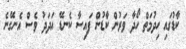
ކާޑުގައި ހިދުމަތް ހޯދާ ވަރުން ކާޑުން ފައިސާ ކެނޑޭ އަދަދު ވެސް އެނގޭނެ